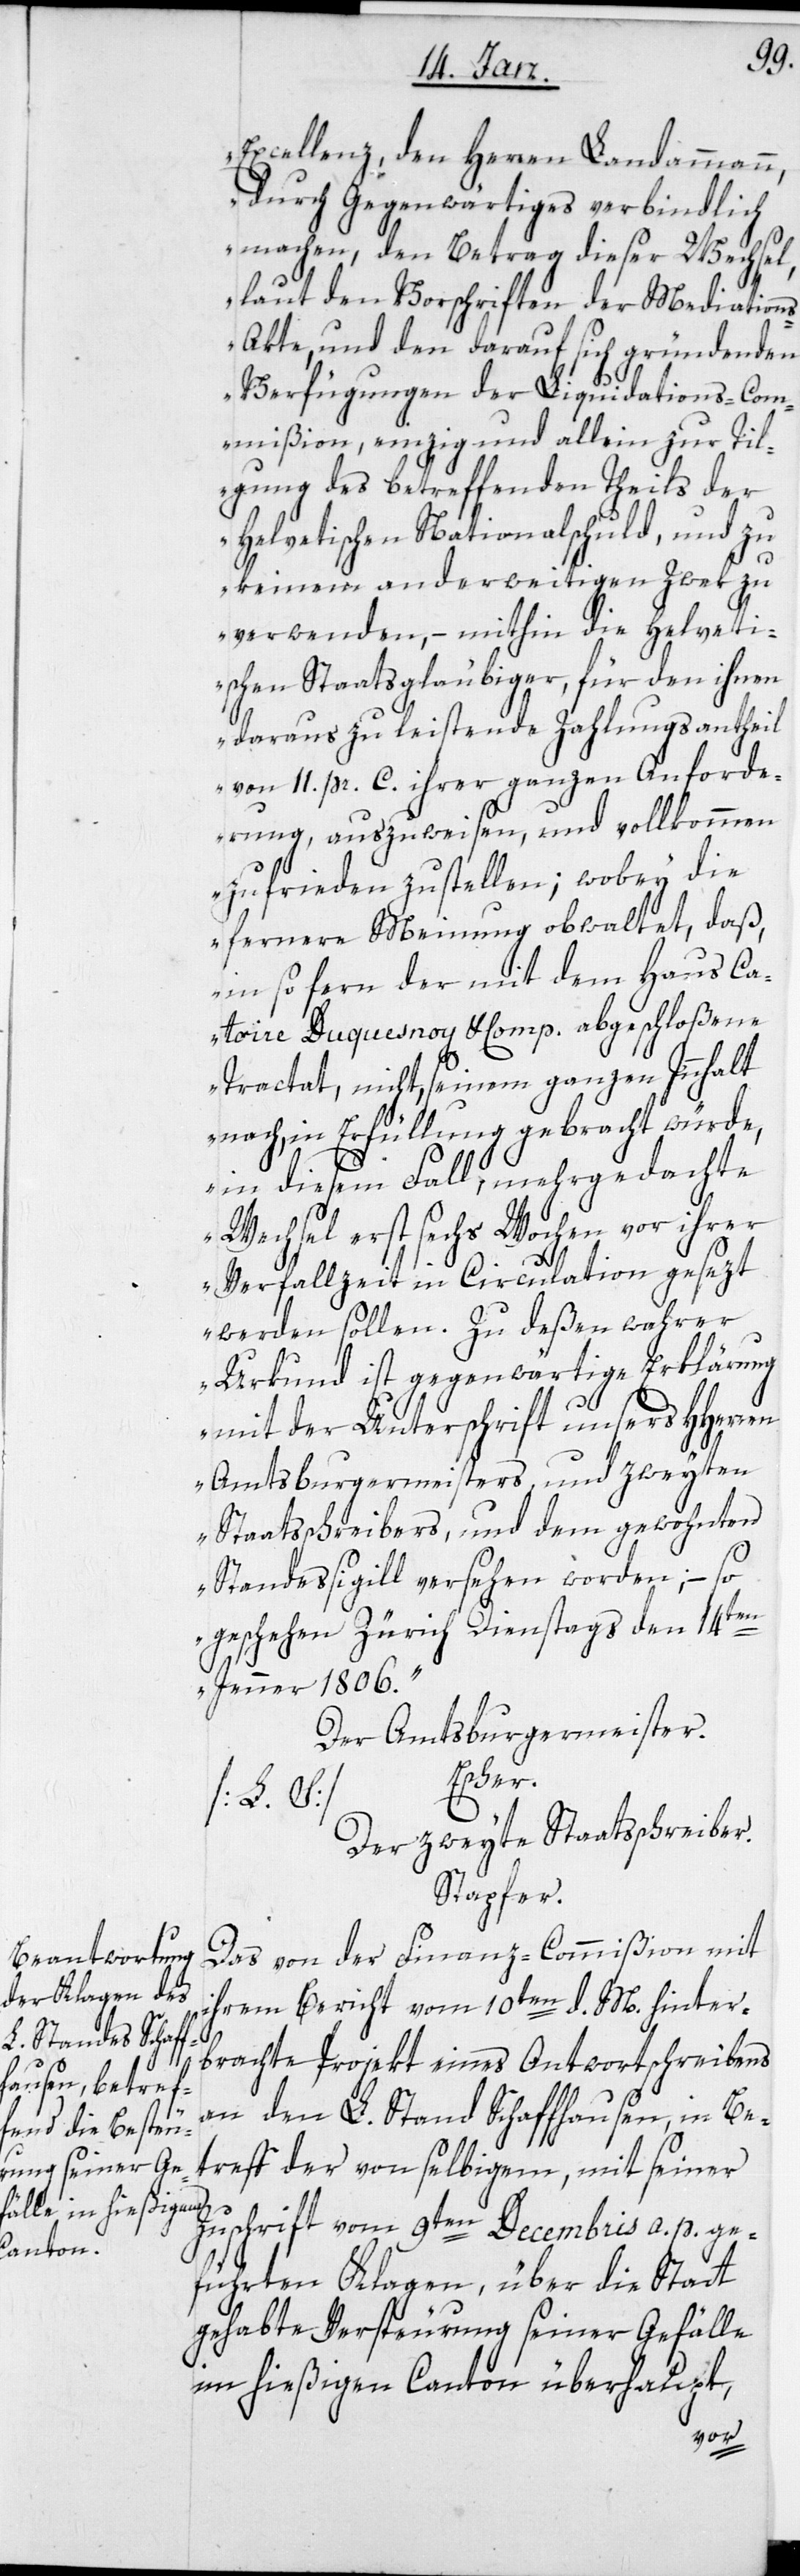
Excellenz, den Herren Landammann,
durch Gegenwärtiges verbindlich
machen, den Betrag dieser Wechsel,
laut den Vorschriften der Mediation¬
s-Akte, und den darauf sich gründenden
Verfügungen der Liquidations-Com¬
mißion, einzig und allein zur Til¬
gung des betreffenden Theils der
Helvetischen Nationalschuld, und zu
keinem anderweitigen Zwek zu
verwenden, – mithin die Helveti¬
schen Staatsgläubiger, für den ihnen
daraus zu leistende Zahlungsantheil
von 11. pr. C. ihrer ganzen Anforde¬
rung, auszuweisen, und vollkommen
zufrieden zu stellen; wobey die
fernere Meinung obwaltet, daß,
in so fern der mit dem Haus Ca¬
toire Duquesnoy & Comp. abgeschloßene
Tractat, nicht, seinem ganzen Innhalt
nach, in Erfüllung gebracht würde,
in diesem Fall, mehrgedachte
Wechsel erst sechs Wochen vor ihrer
Verfallzeit in Circulation gesezt
werden sollen. Zu deßen wahrer
Urkund ist gegenwärtige Erklärung
mit der Unterschrift unsers HHerren
Amtsburgermeisters und zweyten
Staatsschreibers, und dem gewohnten
Standessigill versehen worden, – so
geschehen Zürich Dienstags den 14ten
Jenner 1806.“
Der Amtsburgermeister.
Escher.
[L. S. ]
Der zweyte Staatsschreiber.
Stapfer.
Das von der Finanz-Commißion mit
ihrem Bericht vom 10ten d. M. hinter¬
brachte Projekt eines Antwortschreibens
an den L. Stand Schaffhausen, in Be¬
treff der von selbigem, mit seiner
Zuschrift vom 9ten Decembris a. p. ge¬
führten Klagen, über die Statt
gehabte Versteurung seiner Gefälle
im hießigen Canton überhaupt,